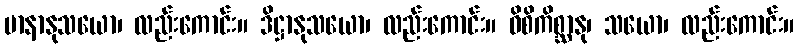
မာနာနုသယော၊ လည်းကောင်း။ ဒိဋ္ဌာနုသယော၊ လည်းကောင်း။ ဝိစိကိစ္ဆာနု၊ သယော၊ လည်းကောင်း။